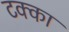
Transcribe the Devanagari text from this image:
टक्‍का